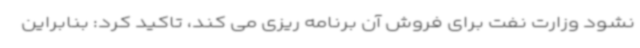
نشود وزارت نفت برای فروش آن برنامه ریزی می کند، تاکید کرد: بنابراین